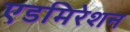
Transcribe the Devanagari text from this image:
एडमिरेशन